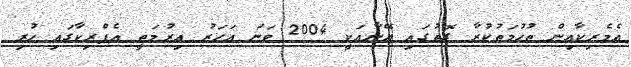
އެމެރިކާއިން ތުހުމަތުކުރާ ގޮތުގައި އޭނާއަކީ 2004 ވަނަ އަހަރު އިރުމަތީ އެފްރިކާގައި ހުރި